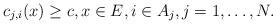
LaTeX: \begin{align*}c_{j,i}(x)\ge c,x\in E,i\in A_j, j=1,\dots,N.\end{align*}